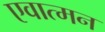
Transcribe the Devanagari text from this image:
एवात्मन